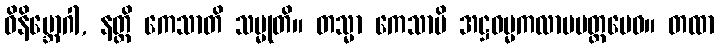
ဝိနိဗ္ဘောဂါ, နတ္ထိ ကေသာတိ သမ္မုတိ။ တသ္မာ ကေသာပိ အဋ္ဌဓမ္မကလာပမတ္တမေဝ။ တထာ